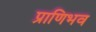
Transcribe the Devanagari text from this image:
प्राणिभव